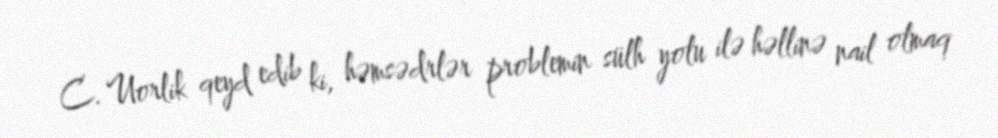
C. Uorlik qeyd edib ki, həmsədrlər problemin sülh yolu ilə həllinə nail olmaq